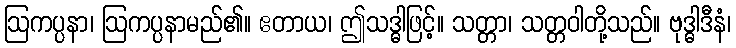
ဩကပ္ပနာ၊ ဩကပ္ပနာမည်၏။ ဧတာယ၊ ဤသဒ္ဓါဖြင့်။ သတ္တာ၊ သတ္တဝါတို့သည်။ ဗုဒ္ဓါဒီနံ၊